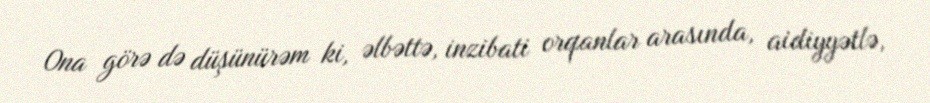
Ona görə də düşünürəm ki, əlbəttə, inzibati orqanlar arasında, aidiyyətlə,